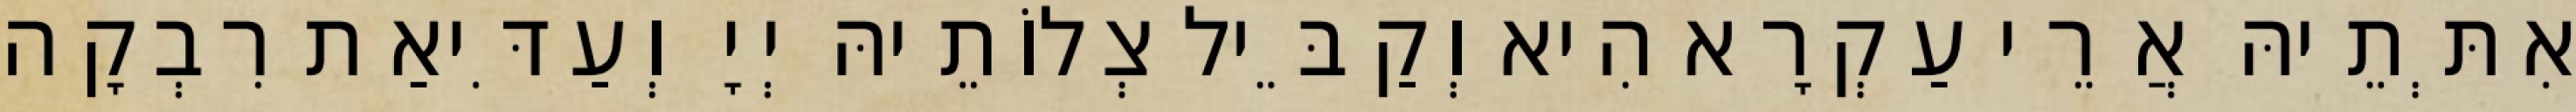
אִתְּתֵיהּ אֲרֵי עַקְרָא הִיא וְקַבֵּיל צְלוֹתֵיהּ יְיָ וְעַדִּיאַת רִבְקָה